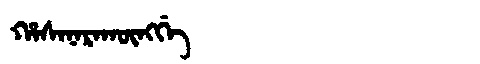
Manchu: ᡥᠠᠰᠠᠨᠠᡵᠠᡴᡡᠩᡤᡝ
Romanization: HASANARAKŪNGGE